Annual administration report of the Civil Veterinary Department of India - 1897-1898
Year: 1897
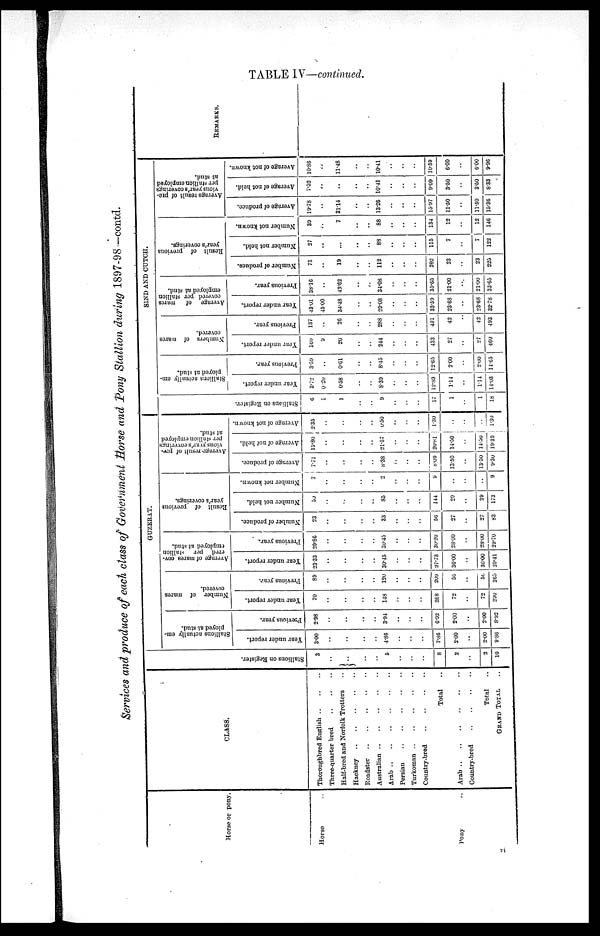
TABLE IV—continued.
Services and produce of each class of Government Horse and Pony Stallion during 1897-98—contd.
Horse or pony.
Horse ..
Pony ..
CLASS.
Thoroughbred English .. .. ..
Three-quarter bred .. .. ..
Half-bred and Norfolk Trotters ..
Roadster .. .. .. .. ..
Australian
..
..
..
..
..
Arab .. .. .. .. .. ..
Persian .. . .. .. .
Turkoman
..
..
..
..
..
Country-bred .. .. .. ..
Total ..
Arab .. .. .. .. .. ..
Country-bred .. .. .. ..
Total ..
GRAND TOTAL
Stallions on Register.
3
..
..
..
..
5
..
..
..
8
2
..
2
10
GUZERAT.
Stallions actually em-
ployed at stud.
Year under report.
3.00
..
..
..
..
4.86
..
..
..
7.86
2.00
..
2.00
9.86
Previous
year.
2.98
..
..
..
..
3.94
..
..
..
6.92
2.00
..
2.00
8.92
Number of mares
covered.
Year under report.
70
..
..
..
148
..
..
..
248
72
..
72
290
Previous year.
89
..
..
..
..
120
..
..
..
209
56
..
56
265
Average
of mares cov-
ered per stallion
employed at stud.
Year under report.
23.33
..
..
..
..
30.45
..
..
..
27.73
36.00
..
36.00
29.41
Previous year.
29.86
..
..
..
..
30.45
..
..
..
30.20
28.00
..
28.00
29.70
Result
of previous
year's coverings.
Number of produce.
23
..
..
..
..
33
..
..
..
56
27
..
27
83
Number not held.
59
..
..
..
..
85
..
..
..
144
29
..
29
173
Number not known.
7
..
..
..
..
2
..
..
..
9
..
..
..
9
Average result of pre-
vious year's coverings
per stallion employed
at stud.
Average of produce.
7.71
..
..
..
8.38
..
..
..
8.09
13.50
..
13.50
9.30
Average of not held.
19.80
..
..
..
..
21.57
..
..
..
20.8l
14.50
..
14.30
19.39
Average of not known.
2.35
..
..
..
..
0.50
..
..
..
1.30
..
..
..
1.30
Stallions on Register.
6
1
1
..
..
9
..
..
..
17
1
..
1
18
SIND AND CUTCH.
Stallions actially em-
ployed at stud.
Year under report.
3.72
0.20
0.58
..
..
8.39
..
..
..
12.89
1.14
..
1.14
14.03
Previous year.
3.59
..
0.61
..
..
8.15
..
..
..
12.63
2.00
..
2.00
14.65
Numbers of mares
covered.
Year under report.
160
9
20
..
..
244
..
..
..
433
27
..
27
460
Previous year.
137
..
26
..
..
288
..
..
..
451
42
..
42
493
Average of marcs
covered per stallion
employed at stud.
Year under report.
43.01
45.00
34.48
..
..
29.08
..
..
..
33.59
23.68
..
23.68
32.78
Previous year.
38.16
..
43.62
..
..
34.08
..
..
..
35.65
21.00
..
21.00
33.65
Result of previous
year's coverings.
Number of produce.
71
..
19
..
..
112
..
..
..
282
23
..
23
225
Number not held.
27
..
...
..
..
83
..
..
..
115
7
..
7
122
Number not known.
39
..
7
..
..
88
..
..
..
134
12
..
12
146
Average result of pre-
vious year's coverings
per stallion employed
at stud.
Average of produce.
19.78
..
31.14
..
..
13.26
..
..
..
15.97
11.50
..
11.50
15.36
Average of not held.
7.32
..
..
..
..
10.41
..
..
..
9.09
3.50
..
3.50
8.33
Average of not known.
10.86
..
11.48
..
..
10.41
..
..
..
10.59
6.00
..
6.00
9.96
REMARKS.
71